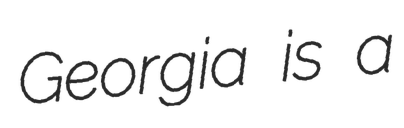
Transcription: Georgia is a